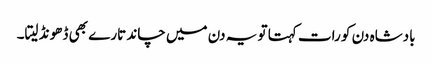
بادشاہ دن کو رات کہتا تو یہ دن میں چاند تارے بھی ڈھونڈ لیتا۔